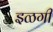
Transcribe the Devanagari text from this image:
इळगी